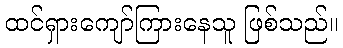
ထင်ရှားကျော်ကြားနေသူ ဖြစ်သည်။